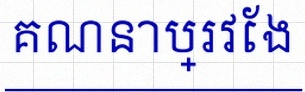
គណនាប្រវែង